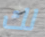
لك